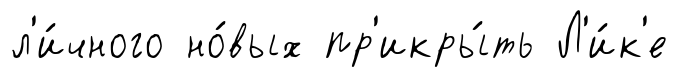
л'и́чного но́вых пр'икры́ть Л'и́к'е